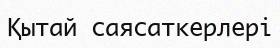
Қытай саясаткерлері